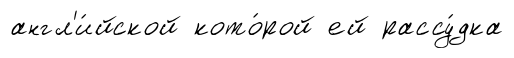
англ'и́йской кото́рой ей рассу́дка